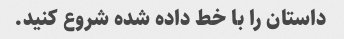
داستان را با خط داده شده شروع کنید.